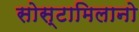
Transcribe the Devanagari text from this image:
सोस्टामिलानो